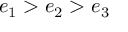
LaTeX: e _ { 1 } > e _ { 2 } > e _ { 3 }